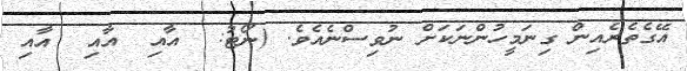
އޭގެތެރެއިން ގިނަމީހުންނަކަށް ނުވިސްނެއެވެ. (ނޯޓު:  އާއި  އާއި  އާއި